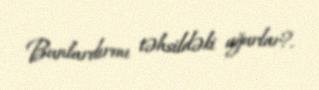
Bunlardırmı təhsildəki uğurlar?.